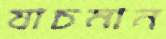
যাচমান